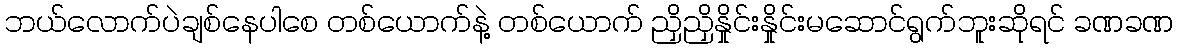
ဘယ်လောက်ပဲချစ်နေပါစေ တစ်ယောက်နဲ့ တစ်ယောက် ညှိညှိနှိုင်းနှိုင်းမဆောင်ရွက်ဘူးဆိုရင် ခဏခဏ